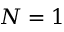
N = 1